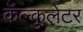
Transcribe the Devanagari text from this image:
कॅल्कुलेटर